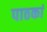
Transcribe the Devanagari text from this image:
पाठकां